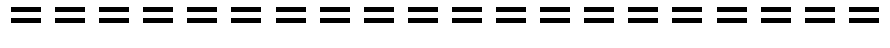
====================